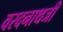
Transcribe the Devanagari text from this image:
वरदनाथजी